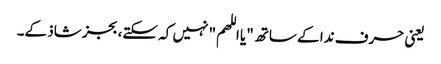
یعنی حرف ندا کے ساتھ "یا اللھم" نہیں کہ سکتے، بجز شاذ کے۔